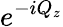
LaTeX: e^{-iQ_{z}}